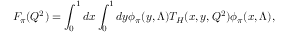
F _ { \pi } ( Q ^ { 2 } ) = \int _ { 0 } ^ { 1 } d x \int _ { 0 } ^ { 1 } d y \phi _ { \pi } ( y , \Lambda ) T _ { H } ( x , y , Q ^ { 2 } ) \phi _ { \pi } ( x , \Lambda ) ,